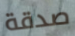
صدقة